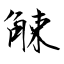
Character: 觫